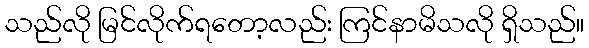
သည်လို မြင်လိုက်ရတော့လည်း ကြင်နာမိသလို ရှိသည်။